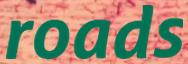
roads